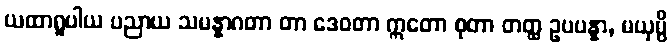
ယထာရူပါယ ပညာယ သမန္နာဂတာ တာ ဒေဝတာ ဣတော စုတာ တတ္ထ ဥပပန္နာ, မယှမ္ပိ